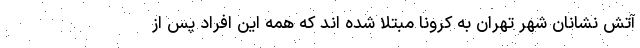
آتش نشانان شهر تهران به کرونا مبتلا شده اند که همه این افراد پس از